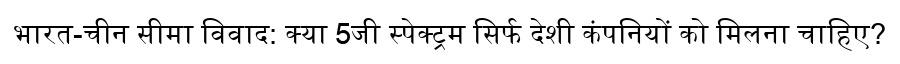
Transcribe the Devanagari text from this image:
भारत-चीन सीमा विवाद: क्या 5जी स्पेक्ट्रम सिर्फ देशी कंपनियों को मिलना चाहिए?